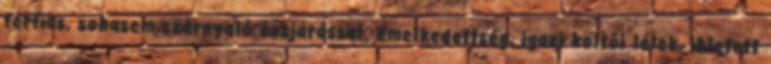
férfias, sohasem szárnyaló észjárással. Emelkedettség, igazi költői lélek, ihletett